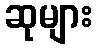
ဆုများ